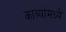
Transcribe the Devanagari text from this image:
काव्यांमध्ये